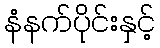
နံနက်ပိုင်းနှင့်